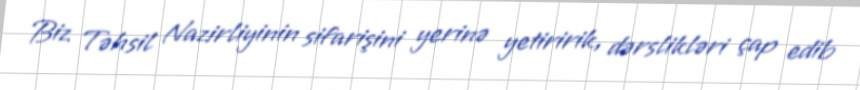
Biz Təhsil Nazirliyinin sifarişini yerinə yetiririk, dərslikləri çap edib